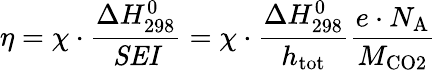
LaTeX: \eta=\chi\cdot\frac{\Delta H_{\mathrm{298}}^{\mathrm{0}}}{\mathit{SEI}}=\chi\cdot\frac{\Delta H_{\mathrm{298}}^{\mathrm{0}}}{h_{\mathrm{tot}}}\frac{e\cdot N_{\mathrm{A}}}{M_{\mathrm{CO2}}}